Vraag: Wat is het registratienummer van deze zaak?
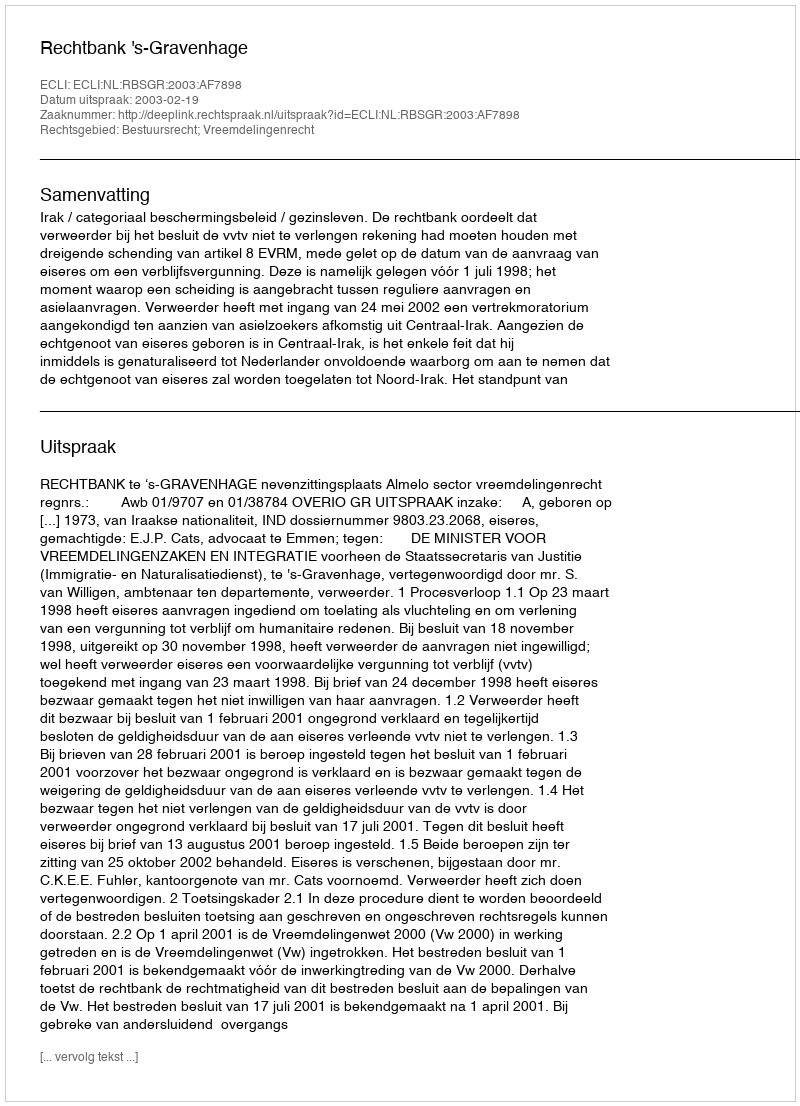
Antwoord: http://deeplink.rechtspraak.nl/uitspraak?id=ECLI:NL:RBSGR:2003:AF7898